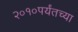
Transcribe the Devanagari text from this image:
२०१०पर्यंतच्या